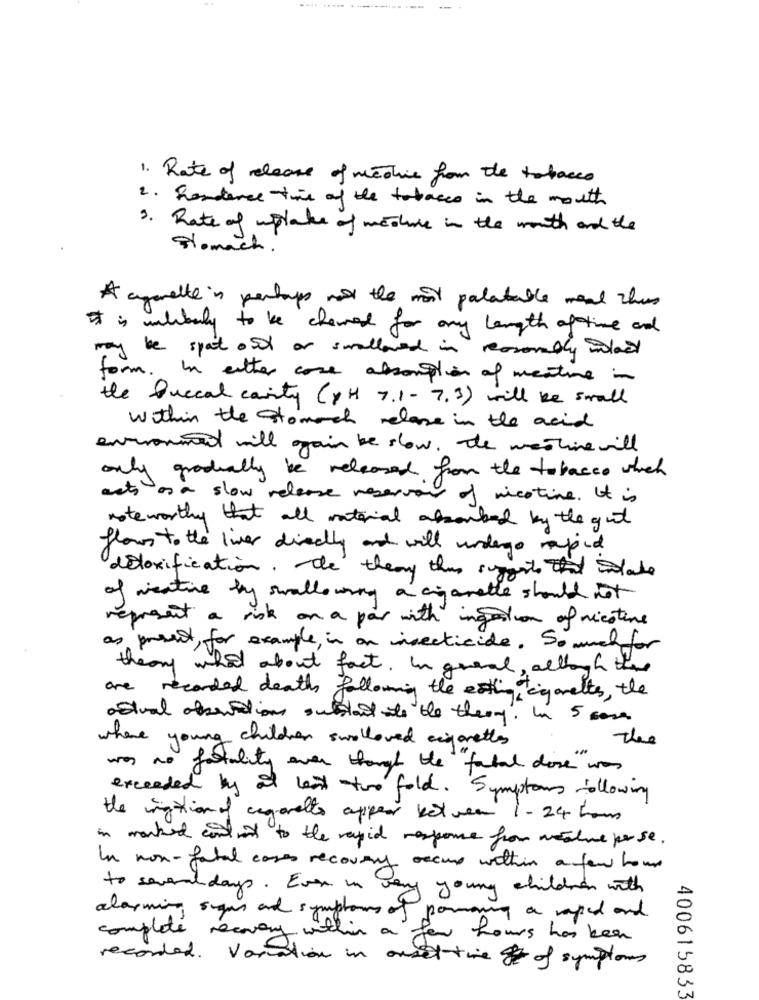
1. Rate of release of medic from the tobacco
2. Renderce time of the tobacco in the month
3. Rate of uptake of machine in the month and the
Stomach.
A cigarette in perhaps not the mol palatable meal this
It is malibuly to be chewed for any length oftime and
may be spot on or swallowed in reasonably last
form In either case absorption of meatine in
the Duecal carity (PH 7.1-7.3) will be small
within the stomach relase in the acid
everonmed will gain be slow. The westine will
only gradually be released from the tobacco which
acts as a slow release reservoir of nicotine. It is
noteworthy that all material absorbed by the gut
flows to the liver directly and will undergo rapid
detoxification. The theory this suggests thate
of weative by swallowing a cigarette should not
represent a risk on a par with ingestion of nicotine
as present, for example, in on insecticide. So much for
theory what about fact, In general, although the
are recorded death following the estigtcigarettes, the
actual observations substant to the theory. In 5 casas
where young children swallowed cigarettes
thee
was no fatality even though the fatal dose was
exceeded by at least two fold. Symptoms following
the ightion of cegovello appear between 1-24 hours
in worked contraint to the rapid response from machine perse.
In non-fatal cases recovery occurs within a few hours
to several days. Even in very young children with
alarming sugar and symptoms of parmaing a raped and
complete recovery within a few hours has been
recorded. Variation in ourat time of symptoms
400615833